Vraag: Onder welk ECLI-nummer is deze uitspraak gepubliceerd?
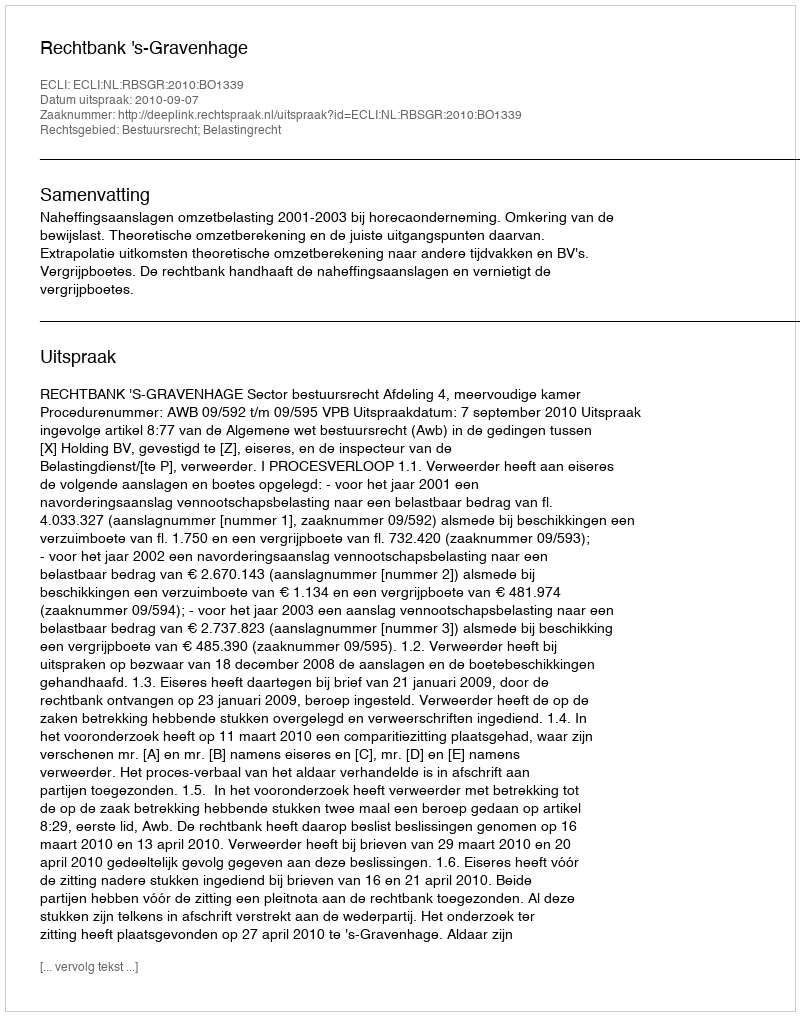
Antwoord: ECLI:NL:RBSGR:2010:BO1339